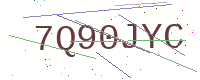
Text: 7Q90JYC